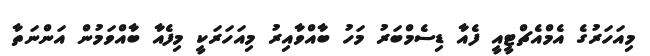
މިއަހަރުގެ އެމްއެޗްޓީއީ ފެއާ ޑިސެމްބަރު މަހު ބާއްވާއިރު މިއަހަރަކީ މިފެއާ ބާއްވަމުން އަންނަތާ